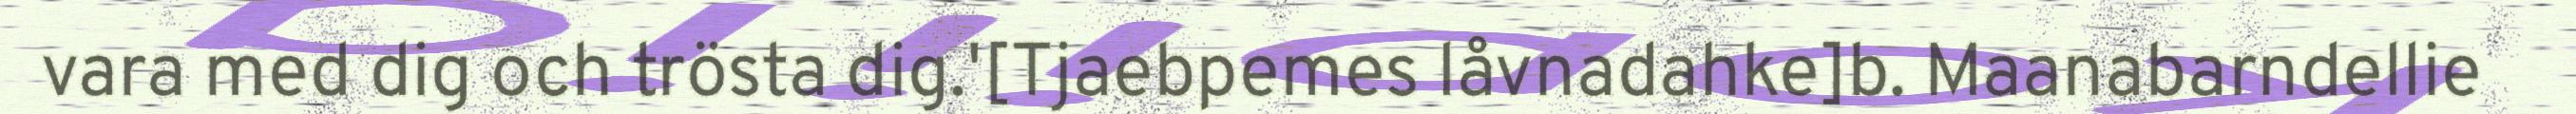
vara med dig och trösta dig.'[Tjaebpemes låvnadahke]b. Maanabarndellie